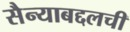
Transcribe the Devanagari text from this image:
सैन्याबद्दलची